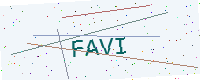
Text: FAVI